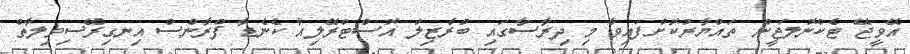
އޭވީޖޭ ޓެކްނޮލަޖީން ތައްޔާރުކޮށްފައިވާ މި ދިރާސާގައި ބްރެޒިލް އޮސްޓްރޭލިއާ ކެނެޑާ ފްރާންސް އިނގިރޭސިވިލާތް